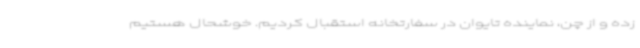
زده و از چن، نماینده تایوان در سفارتخانه استقبال کردیم. خوشحال هستیم